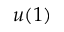
u ( 1 )